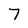
Character: 7